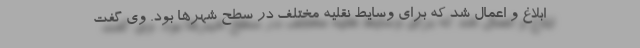
ابلاغ و اعمال شد که برای وسایط نقلیه مختلف در سطح شهرها بود. وی گفت